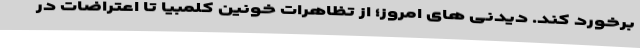
برخورد کند. دیدنی های امروز؛ از تظاهرات خونین کلمبیا تا اعتراضات در